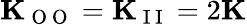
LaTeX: \mathbf{K}_{\mathrm{~O~O~}}=\mathbf{K}_{\mathrm{~I~I~}}=2\mathbf{K}